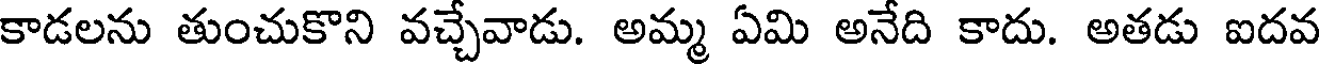
కాడలను తుంచుకొని వచ్చేవాడు. అమ్మ ఏమి అనేది కాదు. అతడు ఐదవ